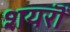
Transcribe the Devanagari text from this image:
शयरॊं